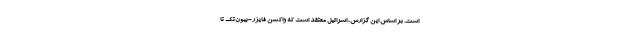
است. بر اساس این گزارش، اسرائیل معتقد است که واکسن فایزر-بیون‌تک تا